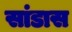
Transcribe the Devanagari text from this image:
सांडास